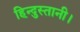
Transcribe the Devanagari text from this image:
हिन्दुस्तानी।